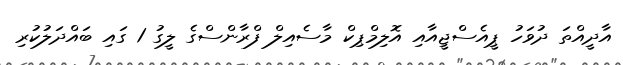
އާދީއްތަ ދުވަހު ޕީއެސްޖީއާއި އޮލިމްޕިކް މާސެއިލް ފްރާންސްގެ ލީގު 1 ގައި ބައްދަލުކުރި